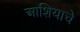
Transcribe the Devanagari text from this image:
आशियाचे